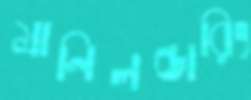
মানিলন্ডারিং